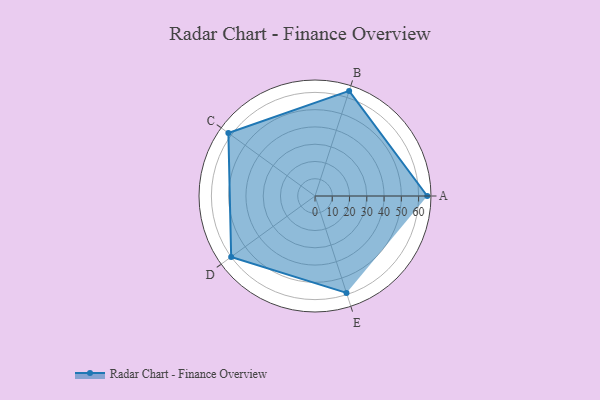
{"axis": {"x": "Skill", "y": "Score"}, "legend": ["Profile"], "data": [{"x": "A", "y": 65.0, "type": "Profile"}, {"x": "B", "y": 64.0, "type": "Profile"}, {"x": "C", "y": 62.0, "type": "Profile"}, {"x": "D", "y": 60.0, "type": "Profile"}, {"x": "E", "y": 59.0, "type": "Profile"}]}